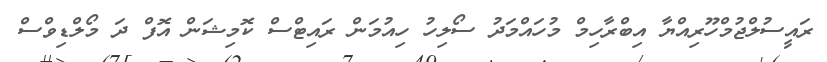
ރައީސުލްޖުމްހޫރިއްޔާ އިބްރާހިމް މުހައްމަދު ސޯލިހު ހިއުމަން ރައިޓްސް ކޮމިޝަން އޮފް ދަ މޯލްޑިވްސް